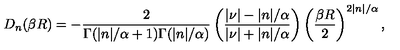
D _ { n } ( \beta R ) = - \frac 2 { \Gamma ( | n | / \alpha + 1 ) \Gamma ( | n | / \alpha ) } \left( \frac { | \nu | - | n | / \alpha } { | \nu | + | n | / \alpha } \right) \left( \frac { \beta R } { 2 } \right) ^ { 2 | n | / \alpha } ,